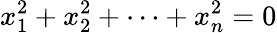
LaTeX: x_{1}^{2}+x_{2}^{2}+\dots+x_{n}^{2}=0